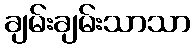
ချမ်းချမ်းသာသာ